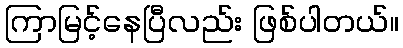
ကြာမြင့်နေပြီလည်း ဖြစ်ပါတယ်။